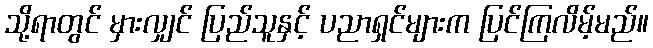
သို့ရာတွင် မှားလျှင် ပြည်သူနှင့် ပညာရှင်များက ပြင်ကြလိမ့်မည်။